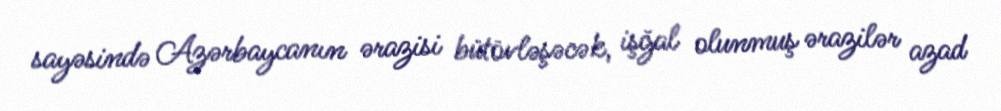
sayəsində Azərbaycanın ərazisi bütövləşəcək, işğal olunmuş ərazilər azad